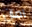
آمان